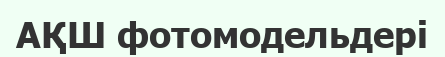
АҚШ фотомодельдері